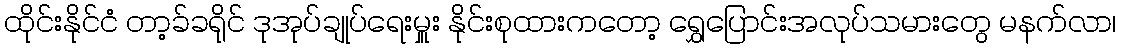
ထိုင်းနိုင်ငံ တာ့ခ်ခရိုင် ဒုအုပ်ချုပ်ရေးမှူး နိုင်းစုထားကတော့ ရွှေပြောင်းအလုပ်သမားတွေ မနက်လာ၊